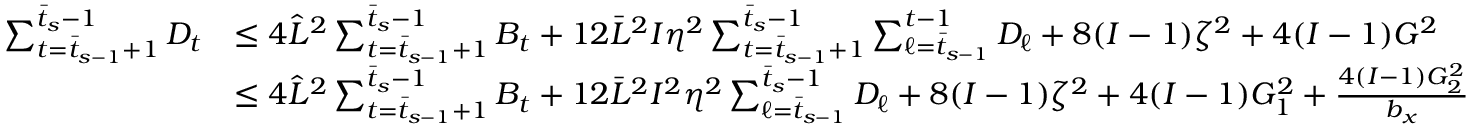
\begin{array} { r l } { \sum _ { t = \bar { t } _ { s - 1 } + 1 } ^ { \bar { t } _ { s } - 1 } D _ { t } } & { \leq 4 \hat { L } ^ { 2 } \sum _ { t = \bar { t } _ { s - 1 } + 1 } ^ { \bar { t } _ { s } - 1 } B _ { t } + 1 2 \bar { L } ^ { 2 } I \eta ^ { 2 } \sum _ { t = \bar { t } _ { s - 1 } + 1 } ^ { \bar { t } _ { s } - 1 } \sum _ { \ell = \bar { t } _ { s - 1 } } ^ { t - 1 } D _ { \ell } + 8 ( I - 1 ) \zeta ^ { 2 } + 4 ( I - 1 ) G ^ { 2 } } \\ & { \leq 4 \hat { L } ^ { 2 } \sum _ { t = \bar { t } _ { s - 1 } + 1 } ^ { \bar { t } _ { s } - 1 } B _ { t } + 1 2 \bar { L } ^ { 2 } I ^ { 2 } \eta ^ { 2 } \sum _ { \ell = \bar { t } _ { s - 1 } } ^ { \bar { t } _ { s } - 1 } D _ { \ell } + 8 ( I - 1 ) \zeta ^ { 2 } + 4 ( I - 1 ) G _ { 1 } ^ { 2 } + \frac { 4 ( I - 1 ) G _ { 2 } ^ { 2 } } { b _ { x } } } \end{array}